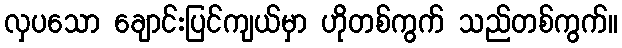
လှပသော ချောင်းပြင်ကျယ်မှာ ဟိုတစ်ကွက် သည်တစ်ကွက်။